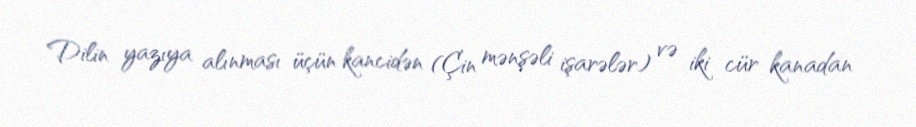
Dilin yazıya alınması üçün kancidən (Çin mənşəli işarələr) və iki cür kanadan